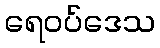
ရေဝပ်ဒေသ